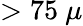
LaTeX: >75~\mu